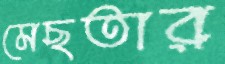
মেছতার